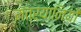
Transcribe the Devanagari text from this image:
मंत्रयानियों